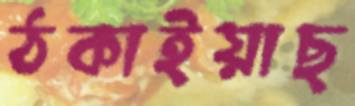
ঠকাইয়াছ